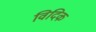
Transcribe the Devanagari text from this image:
विदिक